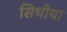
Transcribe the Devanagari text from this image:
सिथीया